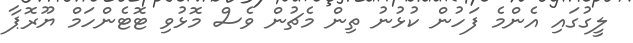
ލީގުގައި އެންމެ ފަހުން ކުޅުނު ތިން މެޗުން ވެސް މޮޅުވި ޓޮޓެންހަމް ޔޫރޮޕާ